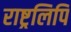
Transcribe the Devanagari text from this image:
राष्ट्रलिपि